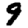
Digit: 9